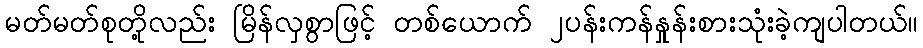
မတ်မတ်စုတို့လည်း မြိန်လှစွာဖြင့် တစ်ယောက် ၂ပန်းကန်နှုန်းစားသုံးခဲ့ကျပါတယ်။